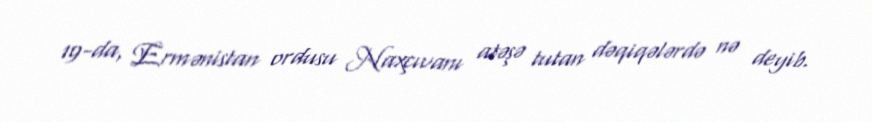
19-da, Ermənistan ordusu Naxçıvanı atəşə tutan dəqiqələrdə nə deyib.